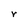
Character: r